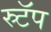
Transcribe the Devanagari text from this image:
स्र्टॅप